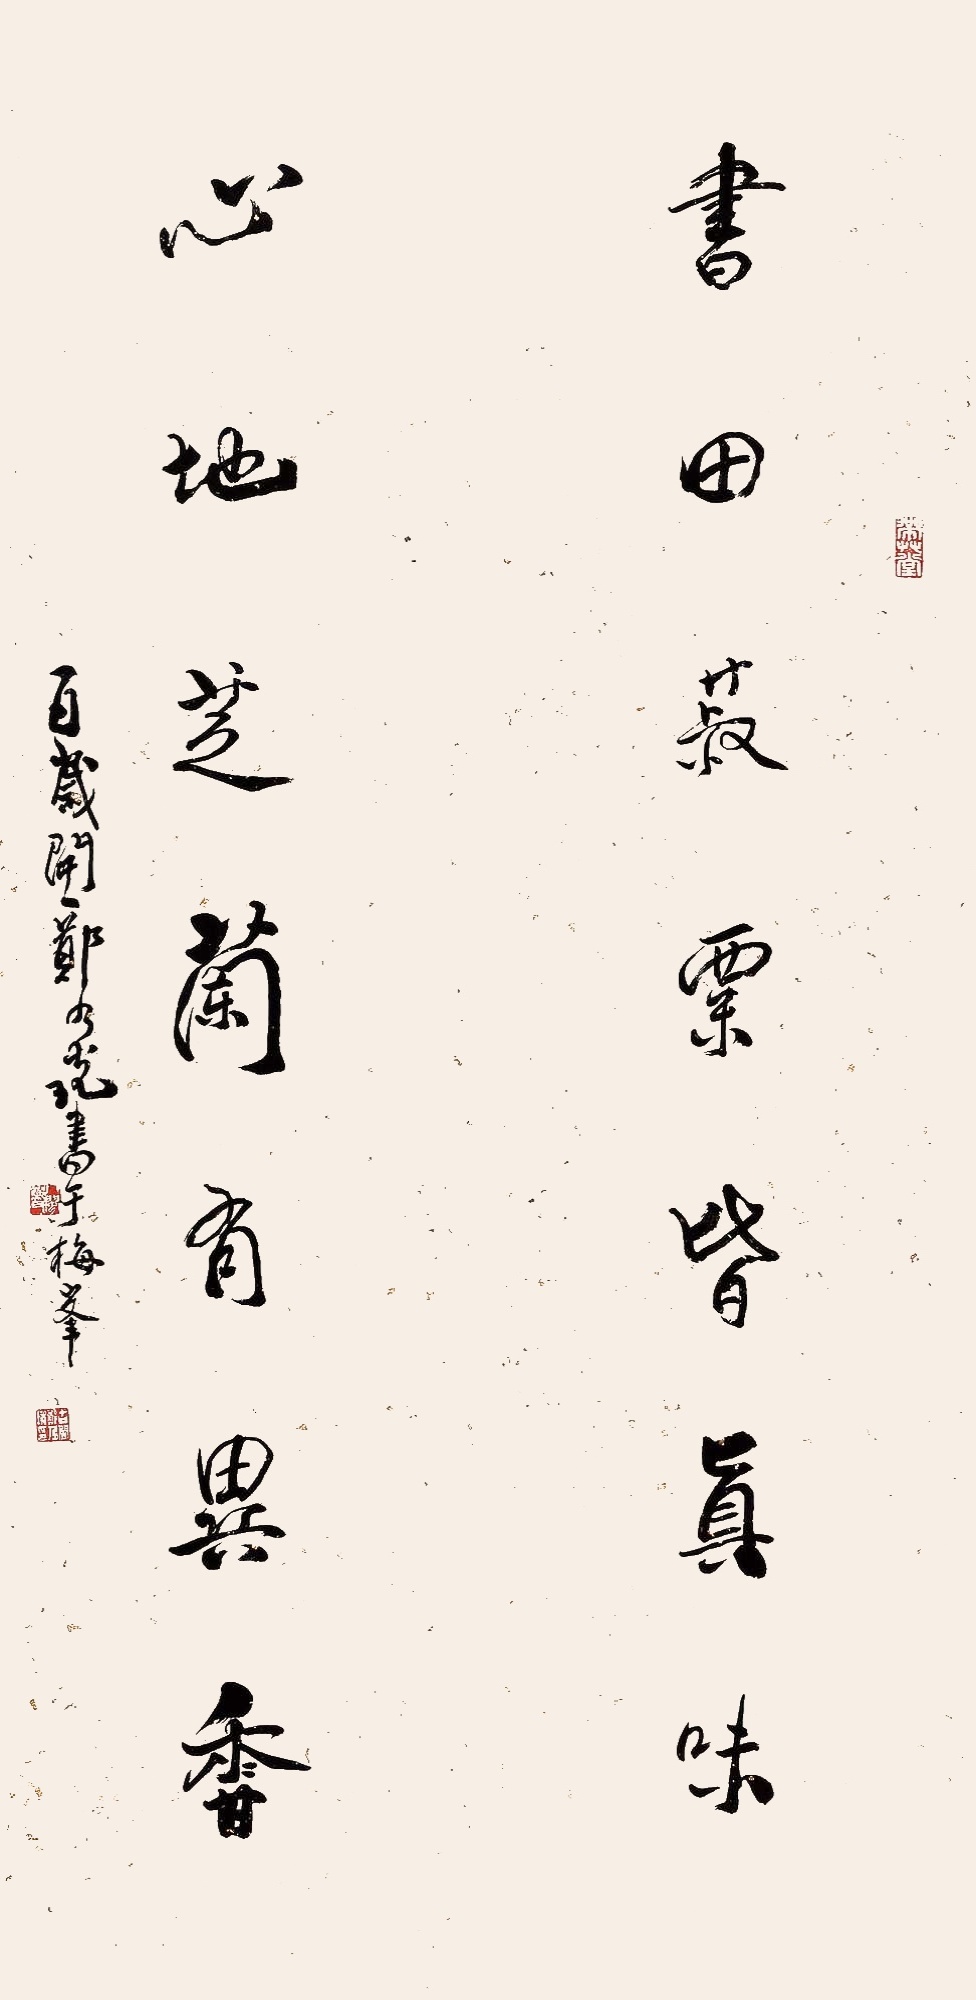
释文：书田菽粟皆真味，心地芝兰有异香。百岁开一郑乃珖书于海峰。